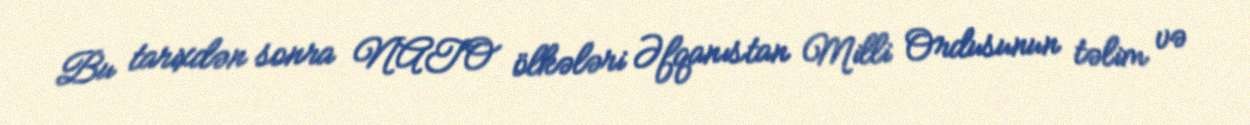
Bu tarixdən sonra NATO ölkələri Əfqanıstan Milli Ordusunun təlim və